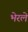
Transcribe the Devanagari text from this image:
भेरले